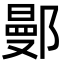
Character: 鄤